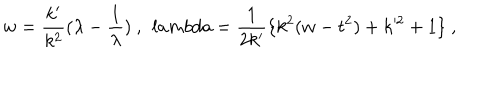
w = \frac { k ^ { \prime } } { k ^ { 2 } } ( \lambda - \frac { 1 } { \lambda } ) \ , \ \, l a m b d a = \frac { 1 } { 2 k ^ { \prime } } \{ k ^ { 2 } ( w - t ^ { 2 } ) + k ^ { 2 } + 1 \} \ ,